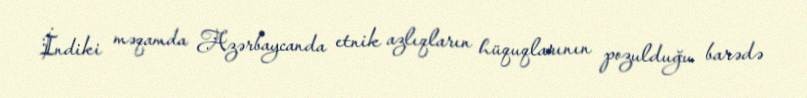
İndiki məqamda Azərbaycanda etnik azlıqların hüquqlarının pozulduğu barədə